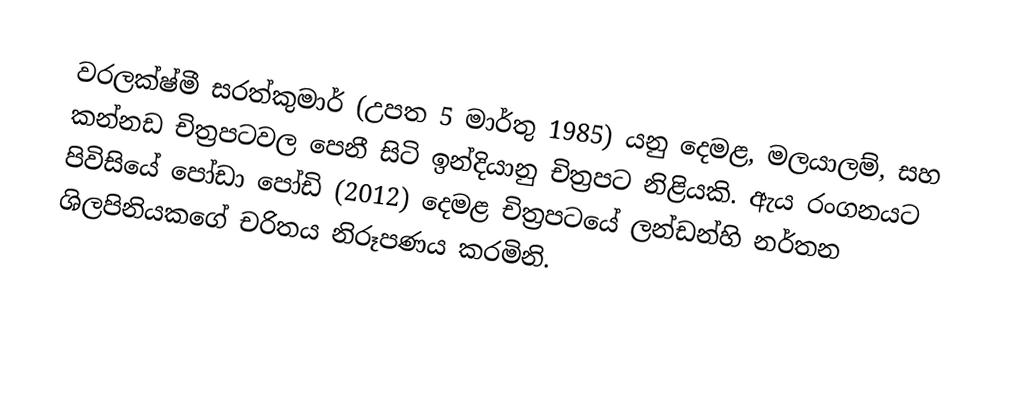
වරලක්ෂ්මී සරත්කුමාර් (උපත 5 මාර්තු 1985) යනු දෙමළ, මලයාලම්, සහ කන්නඩ චිත්‍රපටවල පෙනී සිටි ඉන්දියානු චිත්‍රපට නිළියකි. ඇය රංගනයට පිවිසියේ පෝඩා පෝඩි (2012) දෙමළ චිත්‍රපටයේ ලන්ඩන්හි නර්තන ශිලපිනියකගේ චරිතය නිරූපණය කරමිනි.